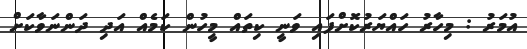
އުމަރު : މިހާރު ހައްޔަރުކޮށްފައި ވަނީ ކިތައް މީހުން ކަމެއް އަދި ދަންނަވާކަށް